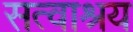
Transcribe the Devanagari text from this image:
सत्वाश्रय